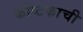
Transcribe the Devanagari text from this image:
कोष्टकाची